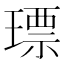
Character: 𤨧